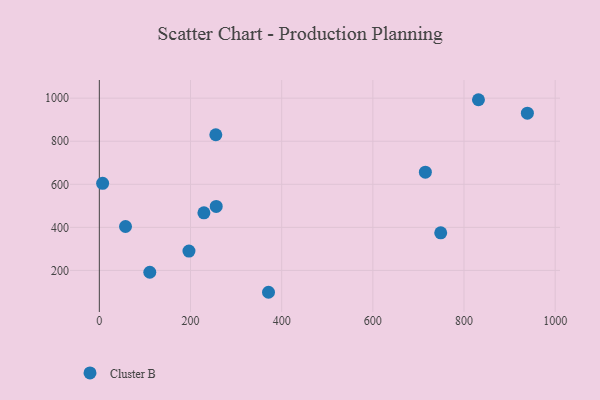
{"axis": {"x": "Engine Size", "y": "Rating"}, "legend": ["Cluster B"], "data": [{"x": "7.2", "y": 604.7, "type": "Cluster B"}, {"x": "371.1", "y": 98.5, "type": "Cluster B"}, {"x": "229.4", "y": 467.7, "type": "Cluster B"}, {"x": "256.4", "y": 497.4, "type": "Cluster B"}, {"x": "110.7", "y": 191.4, "type": "Cluster B"}, {"x": "831.7", "y": 992.8, "type": "Cluster B"}, {"x": "57.4", "y": 404.0, "type": "Cluster B"}, {"x": "715.2", "y": 656.1, "type": "Cluster B"}, {"x": "255.5", "y": 830.1, "type": "Cluster B"}, {"x": "939.0", "y": 930.1, "type": "Cluster B"}, {"x": "196.6", "y": 290.0, "type": "Cluster B"}, {"x": "748.9", "y": 374.7, "type": "Cluster B"}]}